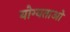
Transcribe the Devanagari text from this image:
योग्यताओ